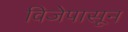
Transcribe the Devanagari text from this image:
विजेपासून